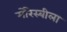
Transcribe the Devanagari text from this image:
मोरेस्बीला